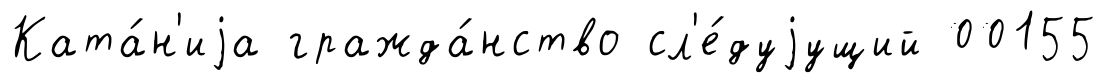
Ката́н'иjа гражда́нство сл'е́дуjущий 00155